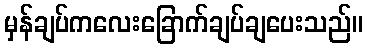
မှန်ချပ်ကလေးခြောက်ချပ်ချပေးသည်။